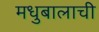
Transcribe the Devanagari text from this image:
मधुबालाची